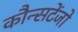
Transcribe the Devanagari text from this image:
कौन्सटेंजो